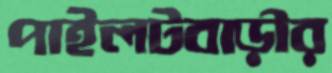
পাইলটবাড়ীর